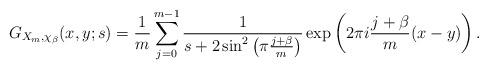
LaTeX: \begin{align*}G_{X_{m},\chi_{\beta}}(x,y;s)=\frac{1}{m}\sum_{j=0}^{m-1} \frac{1}{s+2\sin^2\left(\pi\frac{j+\beta}{m} \right)}\exp\left(2\pi i \frac{j+\beta}{m}( x-y)\right).\end{align*}